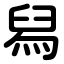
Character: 舄